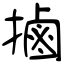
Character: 𢲸